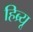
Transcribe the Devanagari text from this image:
हिब्र्यू